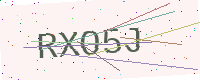
Text: RXO5J